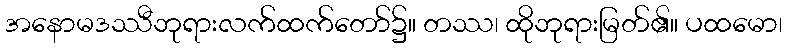
အနောမဒဿီဘုရားလက်ထက်တော်၌။ တဿ၊ ထိုဘုရားမြတ်၏။ ပထမော၊